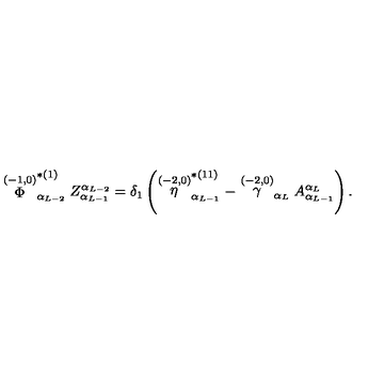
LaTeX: \stackrel { ( - 1 , 0 ) } { \Phi } _ { \alpha _ { L - 2 } } ^ { * ( 1 ) } Z _ { \alpha _ { L - 1 } } ^ { \alpha _ { L - 2 } } = \delta _ { 1 } \left( \stackrel { ( - 2 , 0 ) } { \eta } _ { \alpha _ { L - 1 } } ^ { * ( 1 1 ) } - \stackrel { ( - 2 , 0 ) } { \gamma } _ { \alpha _ { L } } A _ { \alpha _ { L - 1 } } ^ { \alpha _ { L } } \right) .